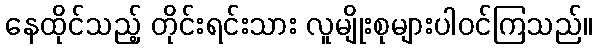
နေထိုင်သည့် တိုင်းရင်းသား လူမျိုးစုများပါဝင်ကြသည်။